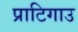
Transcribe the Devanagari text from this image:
प्राटिगाउ